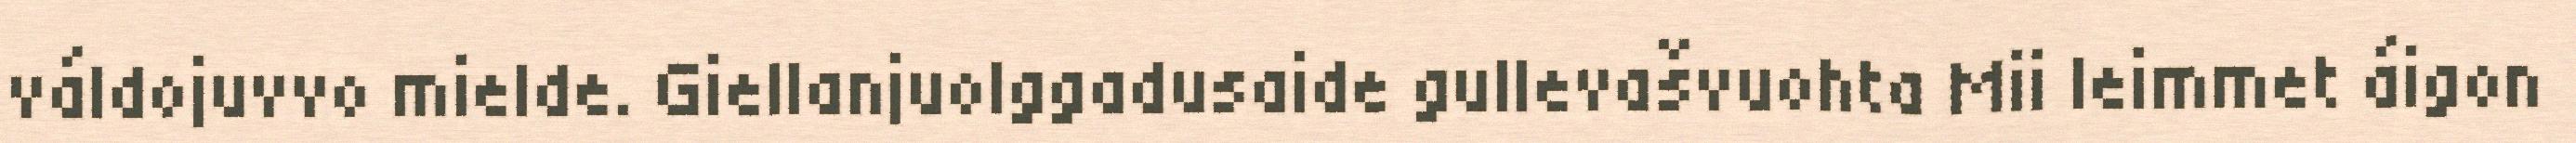
váldojuvvo mielde. Giellanjuolggadusaide gullevašvuohta Mii leimmet áigon